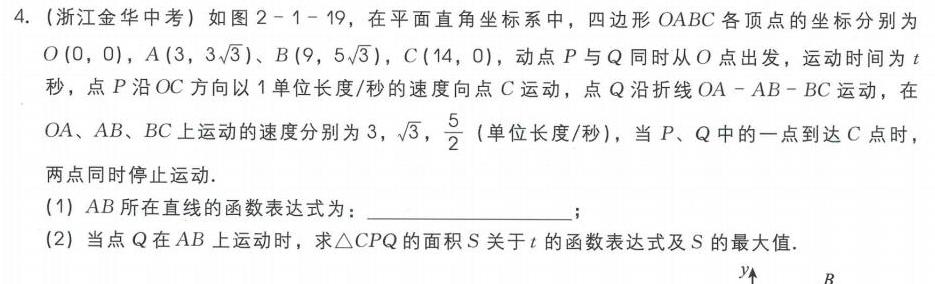
4.（浙江金华中考）如图2 - 1 - 19，在平面直角坐标系中，四边形\(OABC\)各顶点的坐标分别为\(O(0,0)\)，\(A(3,3\sqrt{3})\)、\(B(9,5\sqrt{3})\)，\(C(14,0)\)，动点\(P\)与\(Q\)同时从\(O\)点出发，运动时间为\(t\)秒，点\(P\)沿\(OC\)方向以\(1\)单位长度/秒的速度向点\(C\)运动，点\(Q\)沿折线\(OA - AB - BC\)运动，在\(OA\)、\(AB\)、\(BC\)上运动的速度分别为\(3\)，\(\sqrt{3}\)，\(\frac{5}{2}\)（单位长度/秒），当\(P\)、\(Q\)中的一点到达\(C\)点时，两点同时停止运动.
(1)\(AB\)所在直线的函数表达式为：  ；
(2)当点\(Q\)在\(AB\)上运动时，求\(\triangle CPQ\)的面积\(S\)关于\(t\)的函数表达式及\(S\)的最大值.